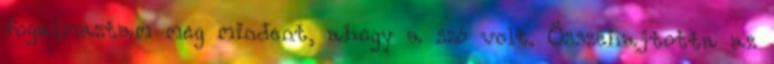
fogalmaztam meg mindent, ahogy a szó volt. Összehajtotta az